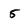
Character: 5